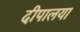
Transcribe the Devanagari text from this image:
दीपालया